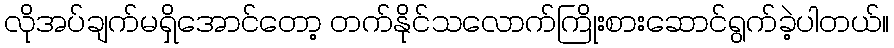
လိုအပ်ချက်မရှိအောင်တော့ တက်နိုင်သလောက်ကြိုးစားဆောင်ရွက်ခဲ့ပါတယ်။